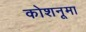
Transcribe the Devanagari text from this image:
कोशनूमा